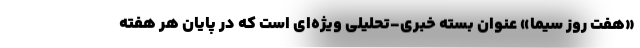
«هفت روز سیما» عنوان بسته خبری-تحلیلی ویژه‌ای است که در پایان هر هفته